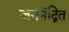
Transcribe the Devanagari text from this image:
जननेंद्रित